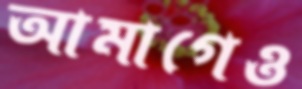
আমাগেও